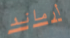
أرماند